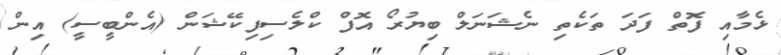
ޅެމާއި ފޮތް ފަދަ ތަކެތި ނެޝަނަލް ބިޔުރޯ އޮފް ކްލެސިފިކޭޝަން (އެންބީސީ) އިން